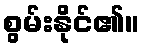
စွမ်းနိုင်၏။